Vaccine operations Central Provinces 1868-1885 - 1868-1885
Year: 1868
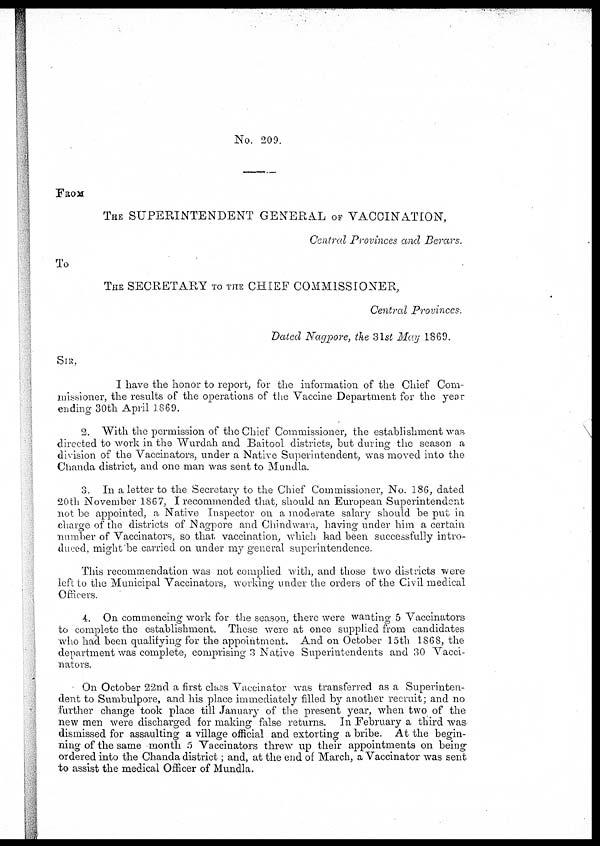
No. 209.
FROM
THE SUPERINTENDENT GENERAL OF VACCINATION,
Central Provinces and Berars.
To
THE SECRETARY TO THE CHIEF COMMISSIONER,
Central Provinces.
Dated Nagpore, the 31 st May 1869.
SIR,
I have the honor to report, for the information of the Chief Com-
missioner, the results of the operations of the Vaccine Department for the year
ending 30th April 1869.
2. With the permission of the Chief Commissioner, the establishment was
directed to work in the Wurdah and Baitool districts, but during the season a
division of the Vaccinators, under a Native Superintendent, was moved into the
Chanda district, and one man was sent to Mundla.
3. In a letter to the Secretary to the Chief Commissioner, No. 186, dated
20th November 1867, I recommended that, should an European Superintendent
not be appointed, a Native Inspector on a moderate salary should be put in
charge of the districts of Nagpore and Chindwara, having under him a certain
number of Vaccinators, so that vaccination, which had been successfully intro-
duced, might'be carried on under my general superintendence.
This recommendation was not complied with, and those two districts were
left to the Municipal Vaccinators, working under the orders of the Civil medical
Officers.
4. On commencing work for the season, there were wanting 5 Vaccinators
to complete the establishment. These were at once supplied from candidates
who had been qualifying for the appointment. And on October 15th 1868, the
department was complete, comprising 3 Native Superintendents and 30 Vacci-
nators.
On October 22nd a first class Vaccinator was transferred as a Superinten-
dent to Sumbulpore, and his place immediately filled by another recruit; and no
further change took place till January of the present year, when two of the
new men were discharged for making false returns. In February a third was
dismissed for assaulting a village official and extorting a bribe. At the begin-
ning of the same month 5 Vaccinators threw up their appointments on being
ordered into the Chanda district; and, at the end of March, a Vaccinator was sent
to assist the medical Officer of Mundla.